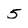
Character: 5